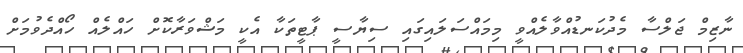
ނާޒިމް ޖަލްސާ މެދުކަނޑުއްވާލެއްވީ މިމައްސަލައިގައި ސިޔާސީ ޕާޓީތަކާ އެކީ މަޝްވަރާކޮށް ހައްލެއް ހޯއްދެވުމަށް